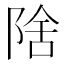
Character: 𱀛